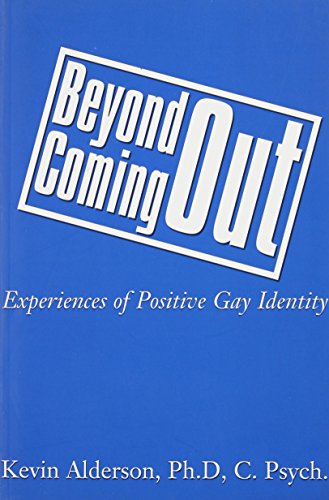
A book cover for Beyond Coming Out:  Experiences of Positive Gay Identity; Kevin Alderson; Gay & Lesbian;